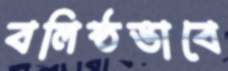
বলিষ্ঠভাবে